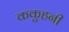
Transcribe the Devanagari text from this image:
ककुहनी